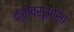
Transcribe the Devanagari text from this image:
क्लेवसुओसा